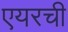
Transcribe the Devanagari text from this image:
एयरची